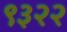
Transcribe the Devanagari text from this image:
९३२२